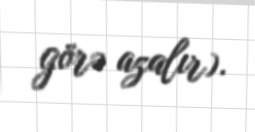
görə azalır).